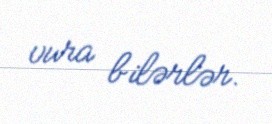
vura bilərlər.